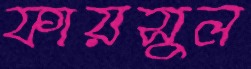
ফায়সুল